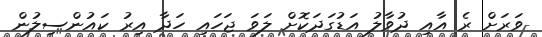
ވަރަށް ރެ އާއި ދުވާލު އަޑުގަދަކޮށް ލަވަ ޖަހައި ހަދާ އިރު ކައުންސިލުން